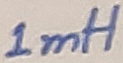
Text: 1mH